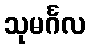
သုမင်္ဂလ